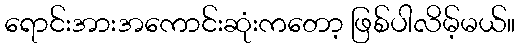
ရောင်းအားအကောင်းဆုံးကတော့ ဖြစ်ပါလိမ့်မယ်။